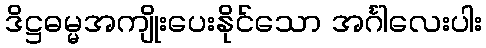
ဒိဋ္ဌဓမ္မအကျိုးပေးနိုင်သော အင်္ဂါလေးပါး